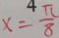
x = \frac { 4 \pi } { 8 }